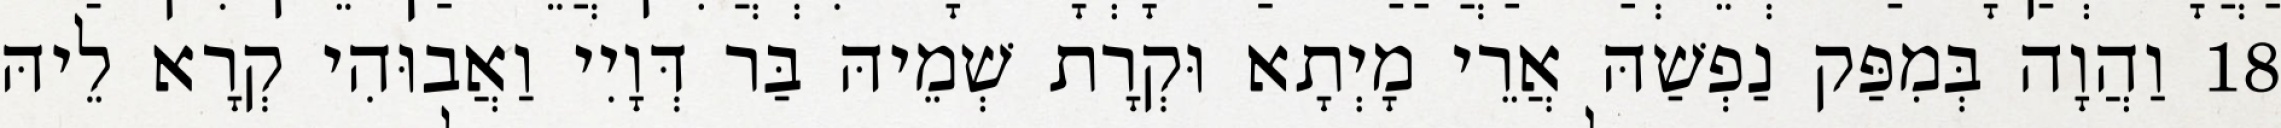
18 וַהֲוָה בְּמִפַּק נַפְשַׁהּ אֲרֵי מָיְתָא וּקְרָת שְׁמֵיהּ בַּר דְּוָיִי וַאֲבוּהִי קְרָא לֵיהּ